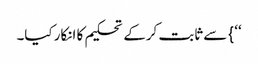
‘‘} سے ثابت کرکے تحکیم کا انکار کیا۔